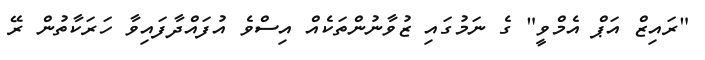
"ރައިޒް އަޕް އެމްވީ" ގެ ނަމުގައި ޒުވާނުންތަކެއް އިސްވެ އުފައްދާފައިވާ ހަރަކާތުން ރޭ